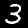
Digit: 3